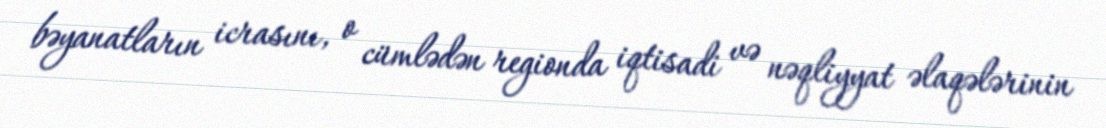
bəyanatların icrasını, o cümlədən regionda iqtisadi və nəqliyyat əlaqələrinin